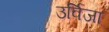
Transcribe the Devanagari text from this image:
उर्विजा